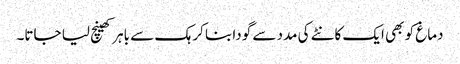
دماغ کو بھی ایک کانٹے کی مدد سے گودا بنا کر ہک سے باہر کھینچ لیا جاتا۔